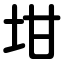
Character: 坩